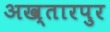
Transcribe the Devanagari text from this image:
अख्तारपुर